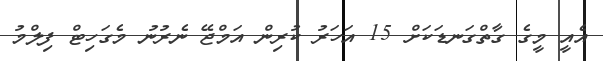
އެއީ މީގެ ގާތްގަނޑަކަށް 15 އަހަރު ކުރިން އަމްޖޭ ނެރުނު މެގަހިޓް ފިލްމު